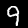
Label: 9